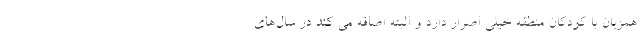
همزبان با کودکان منطقه خیلی اصرار دارد و البته اضافه می کند در سال‌های